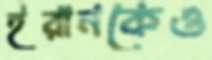
ইরানকেও